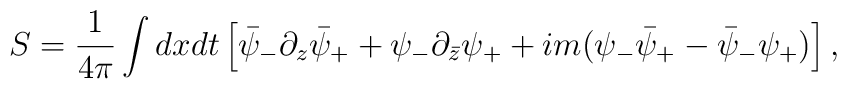
S = {1 \over 4\pi} \int dx dt \left[ \bar\psi_- \partial_z \bar\psi_+ +\psi_-\partial_{\bar z} \psi_+ + im (\psi_-\bar\psi_+- \bar\psi_-\psi_+)\right] ,